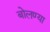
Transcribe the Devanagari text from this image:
बोलण्या